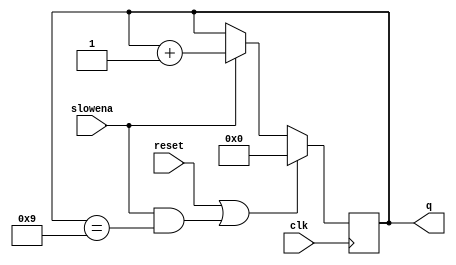
module top_module (
    input clk,
    input slowena,
    input reset,
    output [3:0] q
);

    always @(posedge clk ) begin
        if (reset || (slowena && q == 4'b1001)) begin
            q <= 4'b0000;
        end
        else if (slowena) begin
            q <= q + 4'b0001;
        end
        else begin
            q <= q;
        end
    end

endmodule